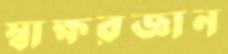
স্বাক্ষরজ্ঞান